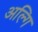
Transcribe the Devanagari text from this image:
अल्गि